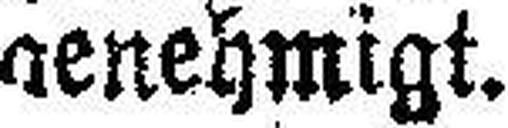
genehmigt.